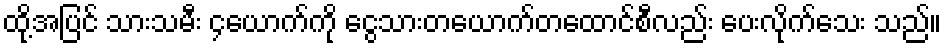
ထို့အပြင် သားသမီး ၄ယောက်ကို ငွေသားတယောက်တထောင်စီလည်း ပေးလိုက်သေး သည်။